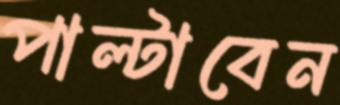
পাল্টাবেন